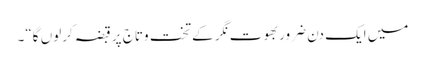
میں ایک دن ضرور بھوت نگر کے تخت وتاج پر قبضہ کرلوں گا“۔